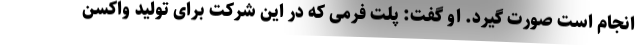
انجام است صورت گیرد. او گفت: پلت فرمی که در این شرکت برای تولید واکسن